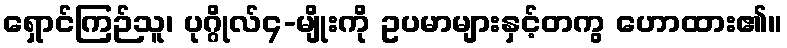
ရှောင်ကြဉ်သူ၊ ပုဂ္ဂိုလ်၄-မျိုးကို ဥပမာများနှင့်တကွ ဟောထား၏။